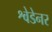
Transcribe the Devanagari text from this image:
श्वेडेनर